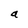
Character: a